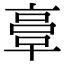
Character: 𠅷